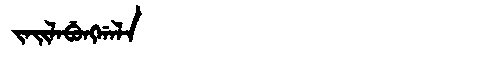
Manchu: ᠵᠠᡳᠯᠠᠪᡠᠩᡤᠠᠯᠠ
Romanization: JAILABUNGGALA